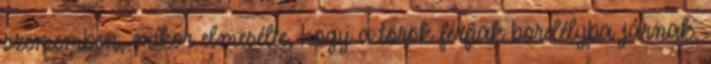
szememben, mikor elmesélte, hogy a török férfiak bordélyba járnak.